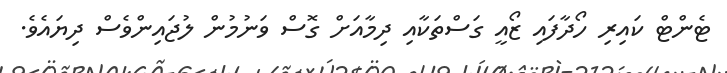
ޓެންޓް ކައިރި ހޯދާފައި ޒޯއީ ގަސްތަކާއި ދިމާއަށް ގޮސް ވަނުމުން ލުޖައިންވެސް ދިޔައެވެ.